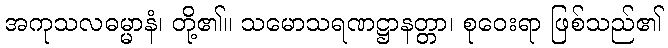
အကုသလဓမ္မာနံ၊ တို့၏။ သမောသရဏဋ္ဌာနတ္တာ၊ စုဝေးရာ ဖြစ်သည်၏